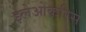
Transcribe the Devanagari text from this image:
इलेओकरिस